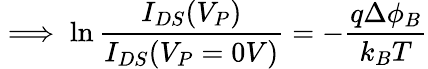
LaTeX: \implies\ln{\frac{I_{DS}(V_{P})}{I_{DS}(V_{P}=0V)}=-\frac{q\Delta\phi_{B}}{k_{B}T}}